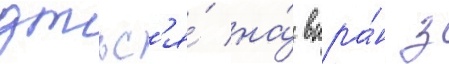
дтьс'я́ на́ вкра́н з